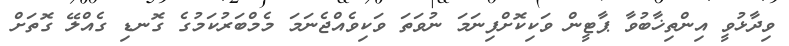
ވިދާޅުވީ އިންތިޚާބުވާ ޕާޓީން ވަކިކޮށްފިނަމަ ނުވަތަ ވަކިވެއްޖެނަމަ މެމްބަރުކަމުގެ ގޮނޑި ގެއްލޭ ގޮތަށް